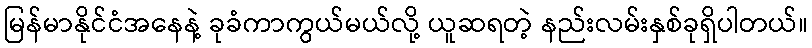
မြန်မာနိုင်ငံအနေနဲ့ ခုခံကာကွယ်မယ်လို့ ယူဆရတဲ့ နည်းလမ်းနှစ်ခုရှိပါတယ်။